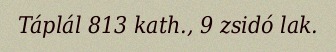
Táplál 813 kath., 9 zsidó lak.